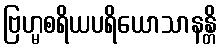
ဗြဟ္မစရိယပရိယောသာနန္တိ